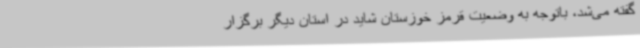
گفته می‌شد، باتوجه به وضعیت قرمز خوزستان شاید در استان دیگر برگزار